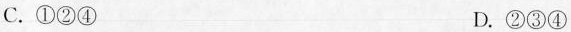
C.①②④ D.②③④